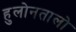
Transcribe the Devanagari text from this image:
हुलोनतालो